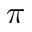
\pi